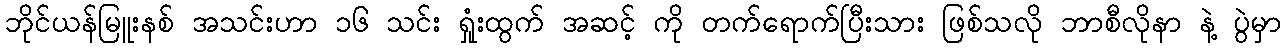
ဘိုင်ယန်မြူးနစ် အသင်းဟာ ၁၆ သင်း ရှုံးထွက် အဆင့် ကို တက်ရောက်ပြီးသား ဖြစ်သလို ဘာစီလိုနာ နဲ့ ပွဲမှာ